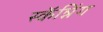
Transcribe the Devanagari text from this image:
स्कॅन्निंग